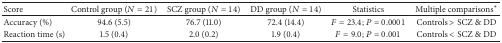
<table><thead><tr><td><b>Score</b></td><td><b>Control group (<i>N</i> = 21)</b></td><td><b>SCZ group (<i>N</i> = 14)</b></td><td><b>DD group (<i>N</i> = 14)</b></td><td><b>Statistics</b></td><td><b>Multiple comparisons*</b></td></tr></thead><tbody><tr><td>Accuracy (%)</td><td>94.6 (5.5)</td><td>76.7 (11.0)</td><td>72.4 (14.4)</td><td><i>F</i> = 23.4; <i>P</i> = 0.0001</td><td>Controls &gt; SCZ &amp; DD</td></tr><tr><td>Reaction time (s)</td><td>1.5 (0.4)</td><td>2.0 (0.2)</td><td>1.9 (0.4)</td><td><i>F</i> = 9.0; <i>P</i> = 0.001</td><td>Controls &lt; SCZ &amp; DD</td></tr></tbody></table>